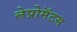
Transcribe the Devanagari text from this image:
लेप्रोमॅटस